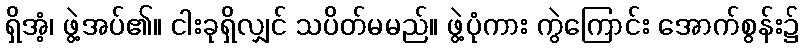
ရှိအံ့၊ ဖွဲ့အပ်၏။ ငါးခုရှိလျှင် သပိတ်မမည်။ ဖွဲ့ပုံကား ကွဲကြောင်း အောက်စွန်း၌